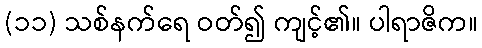
(၁၁) သစ်နက်ရေ ဝတ်၍ ကျင့်၏။ ပါရာဇိက။